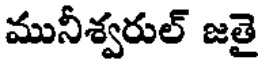
మునీశ్వరుల్ జతై